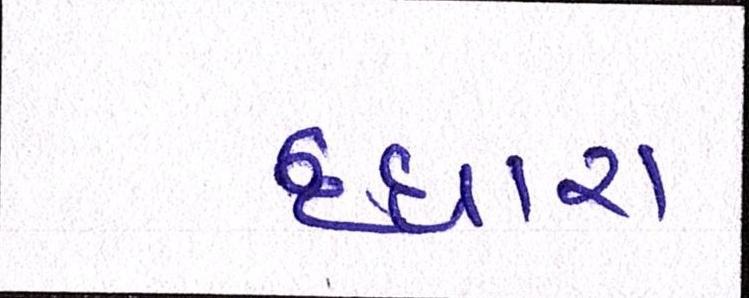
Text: દ્ધારા